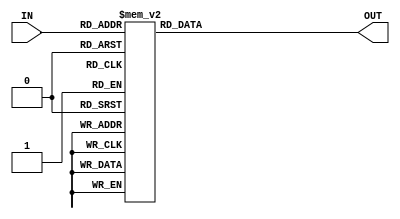
module Decoder_4to16
    (
	  input [3:0] IN,
      output reg [15:0] OUT
    );

always @(*) begin
	case(IN)
		4'h0:OUT=16'h0001;
		4'h1:OUT=16'h0002;
		4'h2:OUT=16'h0004;
		4'h3:OUT=16'h0008;

		4'h4:OUT=16'h0010;
		4'h5:OUT=16'h0020;
		4'h6:OUT=16'h0040;
		4'h7:OUT=16'h0080;

		4'h8:OUT=16'h0100;
		4'h9:OUT=16'h0200;
		4'ha:OUT=16'h0400;
		4'hb:OUT=16'h0800;

		4'hc:OUT=16'h1000;
		4'hd:OUT=16'h2000;
		4'he:OUT=16'h4000;
		4'hf:OUT=16'h8000;
	endcase
end

endmodule